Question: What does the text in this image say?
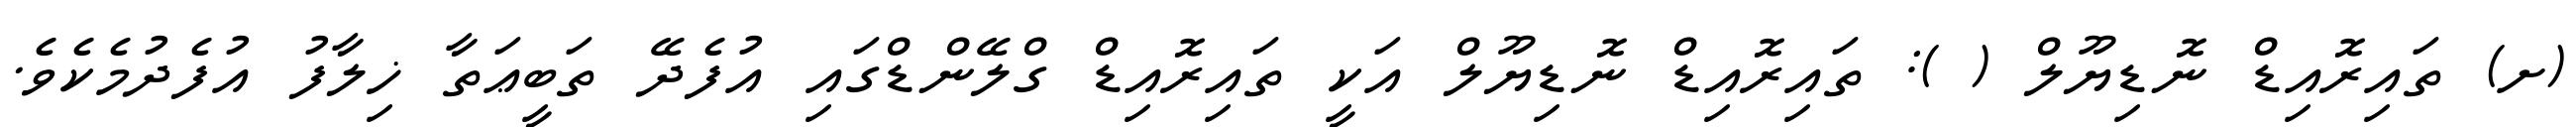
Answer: (ށ) ތައިރޮއިޑް ނޮޑިޔޫލް ( ): ތައިރޮއިޑް ނޮޑިޔޫލް އަކީ ތައިރޮއިޑް ގްލޭންޑްގައި އުފެދޭ ތަބީޢަތާ ޚިލާފު އުފެދުމެކެވެ.